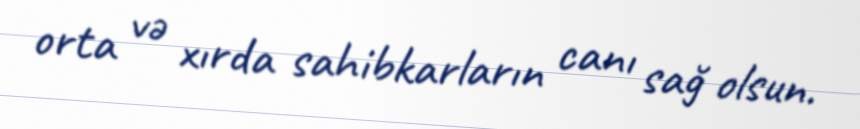
orta və xırda sahibkarların canı sağ olsun.